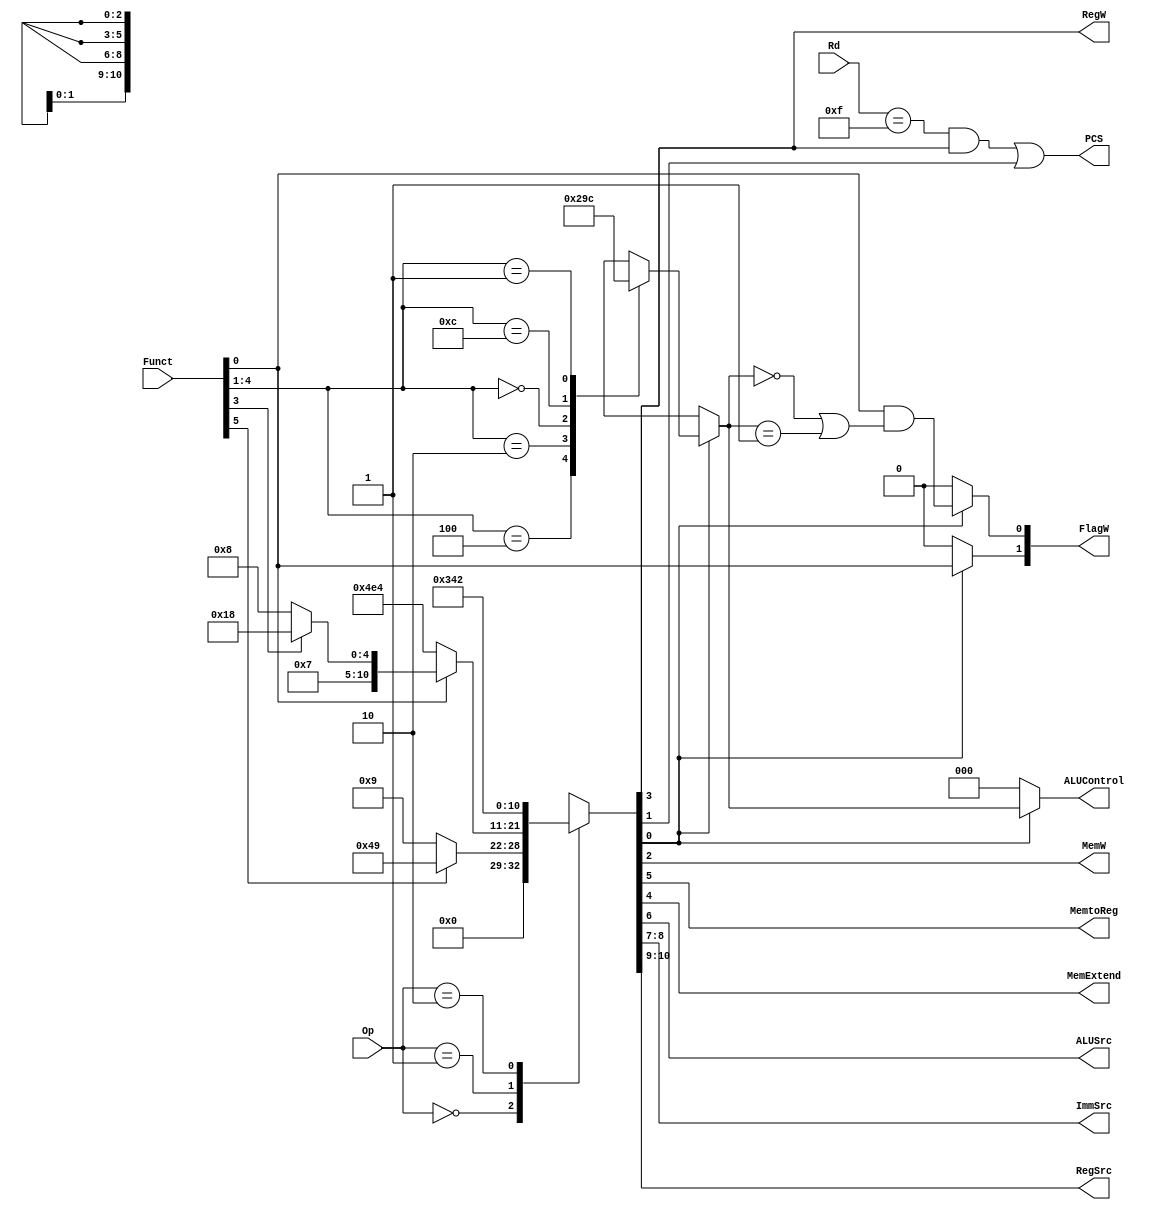
// vim: set expandtab:

module decode (
    Op,
    Funct,
    Rd,
    FlagW,
    PCS,
    RegW,
    MemW,
    MemtoReg,
    MemExtend,
    ALUSrc,
    ImmSrc,
    RegSrc,
    ALUControl
);
    input wire [1:0] Op;
    input wire [5:0] Funct;
    input wire [3:0] Rd;
    output reg [1:0] FlagW;
    output wire PCS;
    output wire RegW;
    output wire MemW;
    output wire MemtoReg;
    output wire MemExtend;
    output wire ALUSrc;
    output wire [1:0] ImmSrc;
    output wire [1:0] RegSrc;
    output reg [2:0] ALUControl;
    reg [10:0] controls; // Olvid aumentar el tamao
    wire Branch;
    wire ALUOp;
    always @(*)
        casex (Op)
            2'b00: // Alu
                if (Funct[5])
                    controls = 11'b00001001001;
                else
                    controls = 11'b00000001001;
            2'b01: // Memory
                if (Funct[0]) begin
                    if(Funct[3]) // LDRB
                        controls = 11'b00011111000;
                    else // LDR
                        controls = 11'b00011101000;
                end
                else // STR
                    controls = 11'b10011100100;
            2'b10: controls = 11'b01101000010; // B
            default: controls = 11'bxxxxxxxxxxx;
        endcase
    assign {RegSrc, ImmSrc, ALUSrc, MemtoReg, MemExtend, RegW, MemW, Branch, ALUOp} = controls;
    always @(*)
        if (ALUOp) begin
            case (Funct[4:1])
                4'b0100: ALUControl = 3'b000; // ADD
                4'b0010: ALUControl = 3'b001; // SUB
                4'b0000: ALUControl = 3'b010; // AND
                4'b1100: ALUControl = 3'b011; // ORR

                4'b0001: ALUControl = 3'b100; // EOR TODO: Modify ALU

                default: ALUControl = 3'bxx;
            endcase
            FlagW[1] = Funct[0];
            FlagW[0] = Funct[0] & ((ALUControl == 3'b000) | (ALUControl == 3'b001));
        end
        else begin
            ALUControl = 3'b000;
            FlagW = 2'b00;
        end
    assign PCS = ((Rd == 4'b1111) & RegW) | Branch;
endmodule